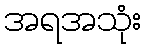
အရအသုံး